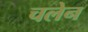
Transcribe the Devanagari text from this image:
चलेन